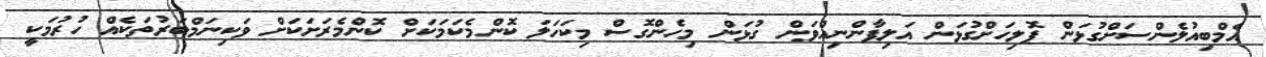
އެމްބިއުލެންސަށްގުޅަން ޕޮލިހަށްގުޅަން އަލިފާންނިއްވަން ގުޅަން މިހެންގޮސް މިކަހަލަ ކޮންމެކަމަކަށް ކޮންމެރަށަކަށް ވަކިނަމްބަރުތަކެއް ހުރުމަކީ